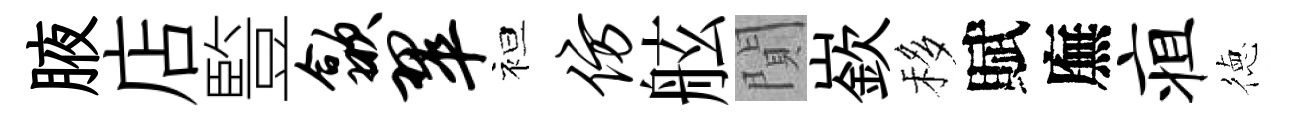
腋店䜿歙翠袒仿舷閴嶔移賦廡疽徳